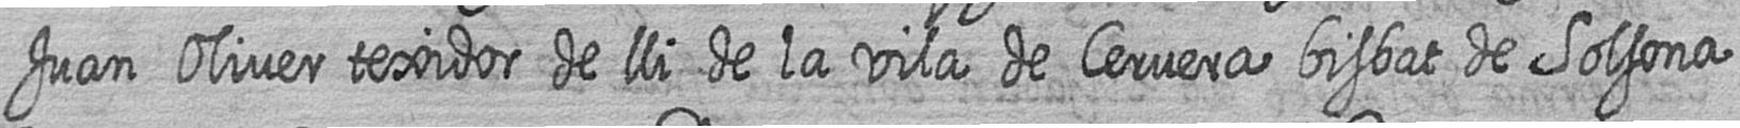
Juan Oliver texidor de lli de la vila de Cervera bisbat de Solsona